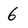
Character: 6